system: You are a helpful assistant.
user:
Analyze the provided spectrum to determine if it is a **"Cataclysmic Variables (CV)"**.

- **Key Indicators for CV (Check for either state):**
    - **State 1: Quiescent / Low-State (Emission-Dominated)**
        - **(Primary):** Strong and *very broad* Hydrogen Balmer emission lines (e.g., $H\alpha$ at 6563 Å, $H\beta$ at 4861 Å). The 'broadness' (high velocity dispersion, often FWHM > 1000 km/s) is the key diagnostic, indicating a high-velocity accretion disk.
        - **(Secondary):** Broad neutral Helium (He I) emission lines (e.g., 5876 Å, 6678 Å).
        - **(Key Confirmation):** Presence of high-excitation *ionized* Helium (He II) emission at 4686 Å. This is a strong indicator of accretion onto a white dwarf.
        - **(Line Profile):** Emission lines may exhibit a 'double-peaked' profile, which is a classic signature of a rotating accretion disk viewed at high inclination.

    - **State 2: Outburst / High-State (Absorption-Dominated)**
        - **(Primary):** Spectrum is dominated by a bright, blue continuum (looks like a hot star).
        - **(Secondary):** The emission lines from State 1 are weak, absent, or 'filled in', and are replaced by broad, shallow *absorption* lines (primarily Balmer and He I).
        - **(Morphology):** The overall spectrum mimics a hot B/A-type star. The crucial difference is that the absorption lines are significantly broader, shallower, and more 'washed-out' (or 'smeared') than the sharp lines of a normal stellar photosphere, due to high rotational speeds and pressure broadening in the disk.

Think first, call **spectral_visualization_tool** if needed to examine features in detail, then provide your final answer. Your response must adhere to the following strict rules:
1.  **Overall Structure:** Your response must follow the format `<think>...</think> <tool_call>...</tool_call> (if a tool is used) <answer>...</answer>`.
2.  **Tool Usage Constraint:** You may only make **one** tool call per turn.
3.  **Final Answer Format:** In the `<answer>` tag, your conclusion must be inside a `\boxed{}` command (e.g., `\boxed{YES}`), followed by your justification.

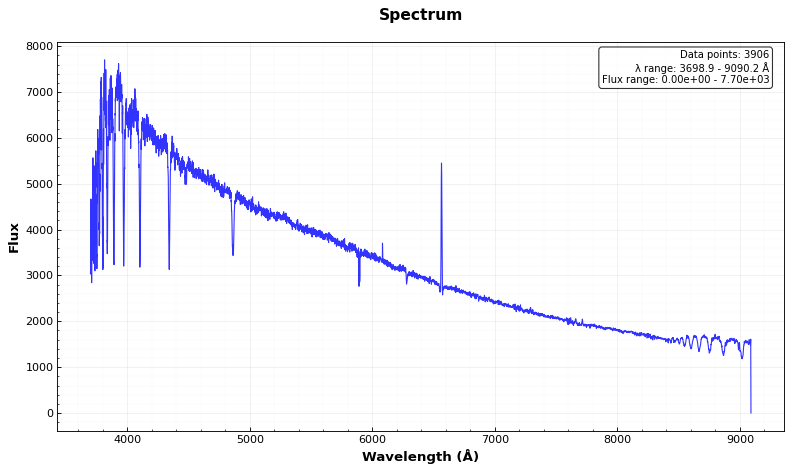
Answer: NO